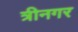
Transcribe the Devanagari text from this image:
त्रीनगर